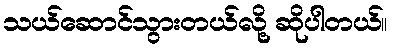
သယ်ဆောင်သွားတယ်လို့ ဆိုပါတယ်။